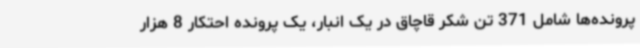
پرونده‌ها شامل 371 تن شکر قاچاق در یک انبار، یک پرونده احتکار 8 هزار